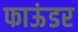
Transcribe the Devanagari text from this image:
फाऊंडर